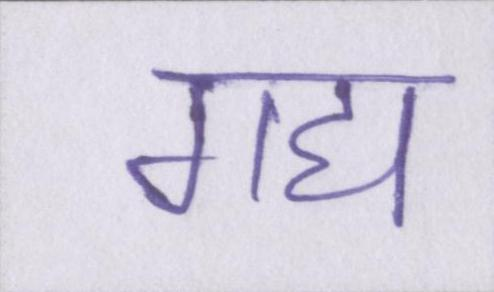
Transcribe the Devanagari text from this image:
गद्य